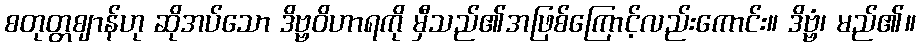
စတုတ္တဈာန်ဟု ဆိုအပ်သော ဒိဗ္ဗဝိဟာရကို မှီသည်၏အဖြစ်ကြောင့်လည်းကောင်း။ ဒိဗ္ဗံ၊ မည်၏။